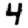
Digit: 4